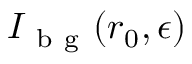
I _ { \mathrm { ~ b ~ g ~ } } ( \boldsymbol { r } _ { 0 } , \epsilon )